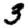
Digit: 3